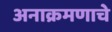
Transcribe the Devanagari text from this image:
अनाक्रमणाचे